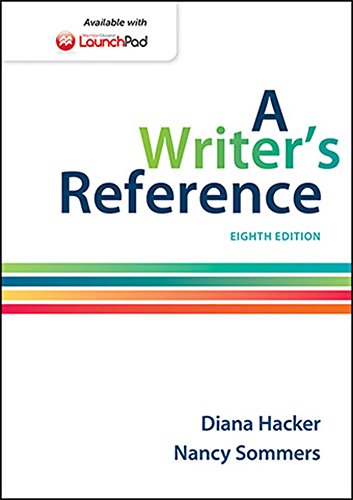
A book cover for A Writer's Reference; Diana Hacker; Reference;